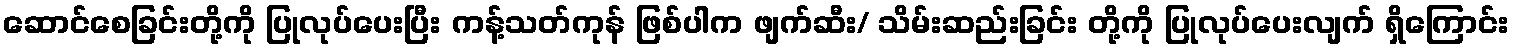
ဆောင်စေခြင်းတို့ကို ပြုလုပ်ပေးပြီး ကန့်သတ်ကုန် ဖြစ်ပါက ဖျက်ဆီး/ သိမ်းဆည်းခြင်း တို့ကို ပြုလုပ်ပေးလျက် ရှိကြောင်း